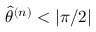
\hat { \theta } ^ { ( n ) } < | \pi / 2 |